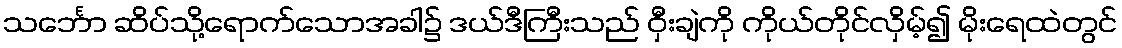
သင်္ဘော ဆိပ်သို့ရောက်သောအခါ၌ ဒယ်ဒီကြီးသည် ဝှီးချဲကို ကိုယ်တိုင်လှိမ့်၍ မိုးရေထဲတွင်